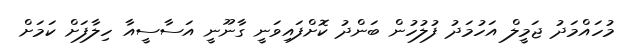
މުހައްމަދު ޖަމީލް އަހުމަދު ފުލުހުން ބަންދު ކޮށްފައިވަނީ ގާނޫނީ އަސާސީއާ ހިލާފަށް ކަމަށް